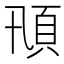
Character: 𩑓